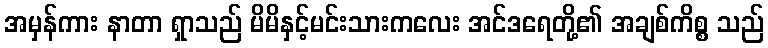
အမှန်ကား နာတာ ရှာသည် မိမိနှင့်မင်းသားကလေး အင်ဒရေတို့၏ အချစ်ကိစ္စ သည်